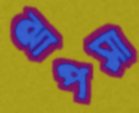
ঝাপসা